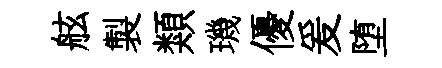
舷製類璣優爰堕